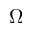
\Omega